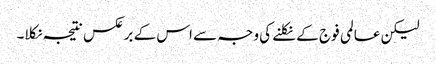
لیکن عالمی فوج کے نکلنے کی وجہ سے اس کے برعکس نتیجہ نکلا۔